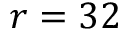
r = 3 2